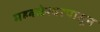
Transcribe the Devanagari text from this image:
महबळेश्वरपासून